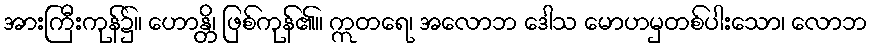
အားကြီးကုန်၌။ ဟောန္တိ၊ ဖြစ်ကုန်၏။ ဣတရေ၊ အလောဘ ဒေါသ မောဟမှတစ်ပါးသော၊ လောဘ